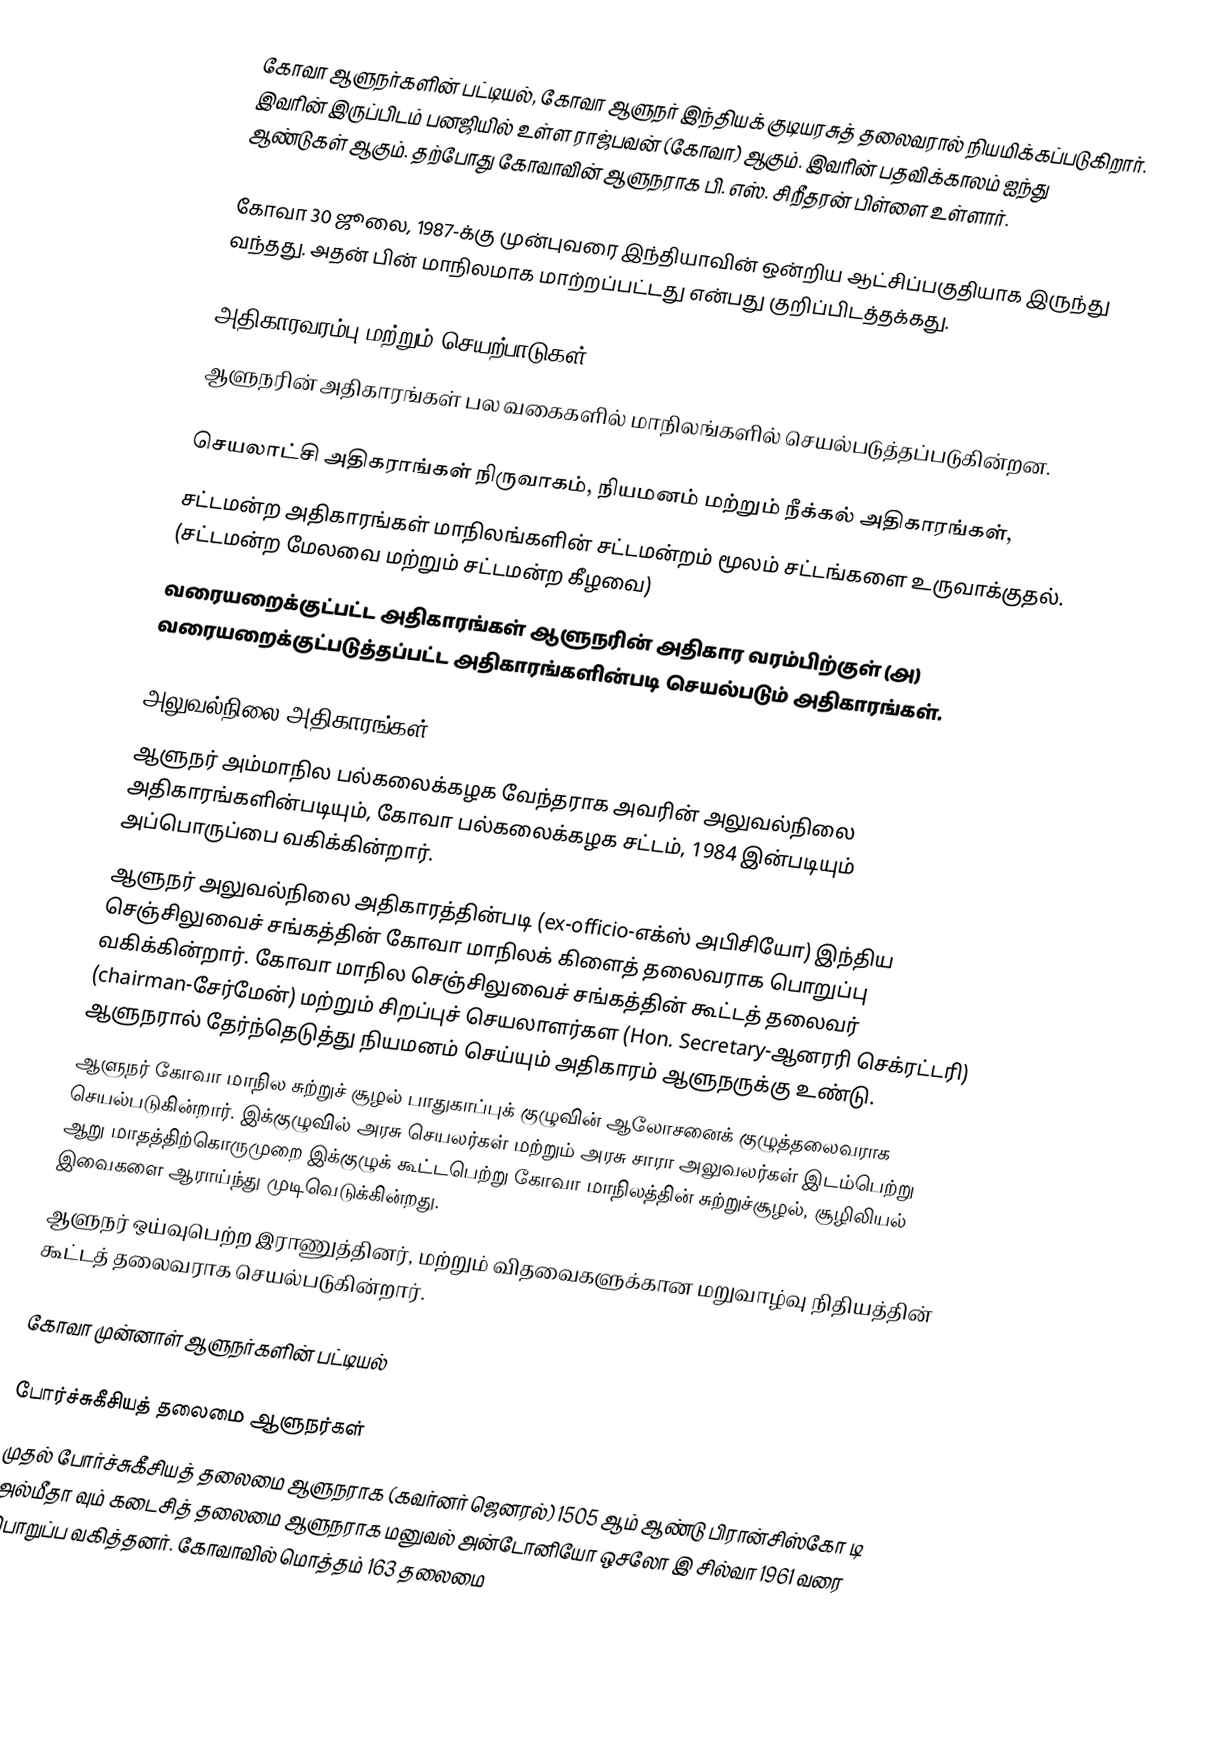
கோவா ஆளுநர்களின் பட்டியல், கோவா ஆளுநர் இந்தியக் குடியரசுத் தலைவரால் நியமிக்கப்படுகிறார். இவரின் இருப்பிடம் பனஜியில் உள்ள ராஜ்பவன் (கோவா) ஆகும். இவரின் பதவிக்காலம் ஐந்து ஆண்டுகள் ஆகும். தற்போது கோவாவின் ஆளுநராக பி. எஸ். சிறீதரன் பிள்ளை உள்ளார்.

கோவா 30 ஜூலை, 1987-க்கு முன்புவரை இந்தியாவின் ஒன்றிய ஆட்சிப்பகுதியாக இருந்து வந்தது. அதன் பின் மாநிலமாக மாற்றப்பட்டது என்பது குறிப்பிடத்தக்கது.

அதிகாரவரம்பு மற்றும் செயற்பாடுகள்
ஆளுநரின் அதிகாரங்கள் பல வகைகளில் மாநிலங்களில் செயல்படுத்தப்படுகின்றன.

செயலாட்சி அதிகராங்கள் நிருவாகம், நியமனம் மற்றும் நீக்கல் அதிகாரங்கள்,
சட்டமன்ற அதிகாரங்கள் மாநிலங்களின் சட்டமன்றம் மூலம் சட்டங்களை உருவாக்குதல். (சட்டமன்ற மேலவை மற்றும் சட்டமன்ற கீழவை)
வரையறைக்குட்பட்ட அதிகாரங்கள் ஆளுநரின் அதிகார வரம்பிற்குள் (அ) வரையறைக்குட்படுத்தப்பட்ட அதிகாரங்களின்படி செயல்படும் அதிகாரங்கள்.

அலுவல்நிலை அதிகாரங்கள்
 ஆளுநர் அம்மாநில பல்கலைக்கழக வேந்தராக அவரின் அலுவல்நிலை அதிகாரங்களின்படியும், கோவா பல்கலைக்கழக சட்டம், 1984 இன்படியும் அப்பொருப்பை வகிக்கின்றார்.
 ஆளுநர் அலுவல்நிலை அதிகாரத்தின்படி (ex-officio-எக்ஸ் அபிசியோ) இந்திய செஞ்சிலுவைச் சங்கத்தின் கோவா மாநிலக் கிளைத் தலைவராக பொறுப்பு வகிக்கின்றார். கோவா மாநில செஞ்சிலுவைச் சங்கத்தின் கூட்டத் தலைவர் (chairman-சேர்மேன்) மற்றும் சிறப்புச் செயலாளர்கள (Hon. Secretary-ஆனரரி செக்ரட்டரி) ஆளுநரால் தேர்ந்தெடுத்து நியமனம் செய்யும் அதிகாரம் ஆளுநருக்கு உண்டு.
 ஆளுநர் கோவா மாநில சுற்றுச் சூழல் பாதுகாப்புக் குழுவின் ஆலோசனைக் குழுத்தலைவராக செயல்படுகின்றார். இக்குழுவில் அரசு செயலர்கள் மற்றும் அரசு சாரா அலுவலர்கள் இடம்பெற்று ஆறு மாதத்திற்கொருமுறை இக்குழுக் கூட்டபெற்று கோவா மாநிலத்தின் சுற்றுச்சூழல், சூழிலியல் இவைகளை ஆராய்ந்து முடிவெடுக்கின்றது.
 ஆளுநர் ஒய்வுபெற்ற இராணுத்தினர், மற்றும் விதவைகளுக்கான மறுவாழ்வு நிதியத்தின் கூட்டத் தலைவராக செயல்படுகின்றார்.

கோவா முன்னாள் ஆளுநர்களின் பட்டியல்

போர்ச்சுகீசியத் தலைமை ஆளுநர்கள்
முதல் போர்ச்சுகீசியத் தலைமை ஆளுநராக (கவர்னர் ஜெனரல்) 1505 ஆம் ஆண்டு பிரான்சிஸ்கோ டி அல்மீதா வும் கடைசித்  தலைமை ஆளுநராக மனுவல் அன்டோனியோ ஒசலோ இ சில்வா 1961 வரை பொறுப்ப வகித்தனர்.  கோவாவில் மொத்தம் 163 தலைமை